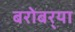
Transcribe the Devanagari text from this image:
बरोबर्‍या